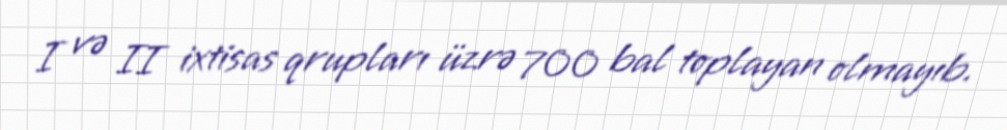
I və II ixtisas qrupları üzrə 700 bal toplayan olmayıb.